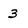
Character: 3